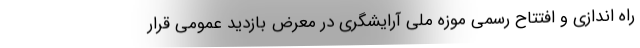
راه اندازی و افتتاح رسمی موزه ملی آرایشگری در معرض بازدید عمومی قرار